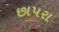
છાપરા